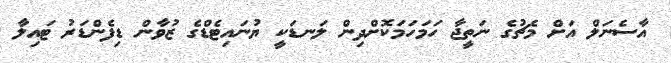
އާސެނަލް އަށް މެޗުގެ ނަތީޖާ ހަމަހަމަކޮށްދިން ލަނޑަކީ ޔުނައިޓެޑްގެ ޒުވާން ޑިފެންޑަރު ޓައިލާ